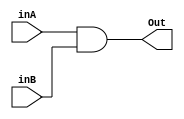
module and2(inA, inB, Out);
    input inA;
    input inB;
    output Out;
    assign Out = inA & inB;
endmodule